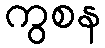
ကွစန